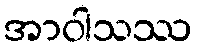
အာဝါသဿ